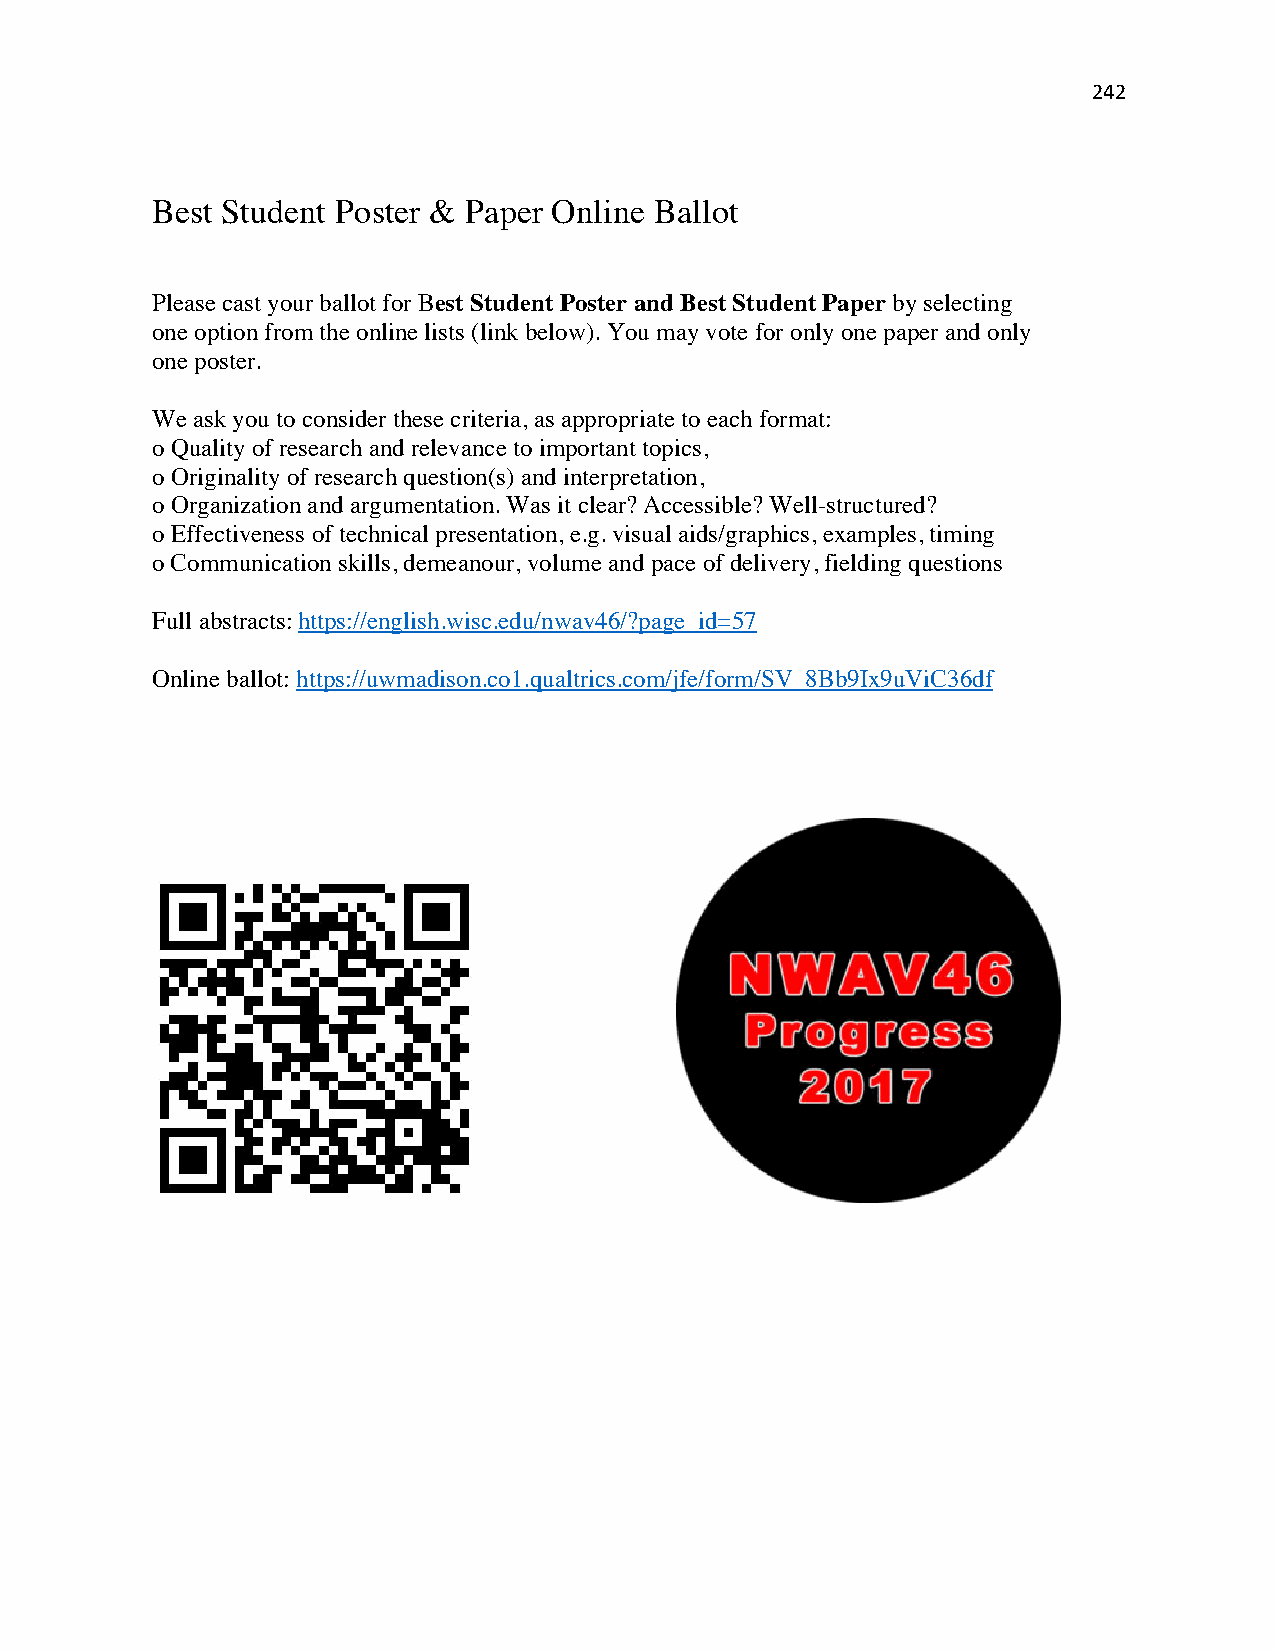
242
 Best Student Poster & Paper Online Ballot
 Please cast your ballot for Best Student Poster and Best Student Paper by selecting
 one option from the online lists (link below). You may vote for only one paper and only
 one poster.
 We ask you to consider these criteria, as appropriate to each format:
 o Quality of research and relevance to important topics,
 o Originality of research question(s) and interpretation,
 o Organization and argumentation. Was it clear? Accessible? Well-structured?
 o Effectiveness of technical presentation, e.g. visual aids/graphics, examples, timing
 o Communication skills, demeanour, volume and pace of delivery, fielding questions
 Full abstracts: https://english.wisc.edu/nwav46/?page_id=57
 Online ballot: https://uwmadison.co1.qualtrics.com/jfe/form/SV_8Bb9Ix9uViC36df